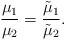
\begin{align*} \frac{\mu_1}{\mu_2}=\frac{\tilde\mu_1}{\tilde\mu_2}.\end{align*}